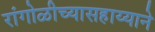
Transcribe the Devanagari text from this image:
रांगोळीच्यासहाय्याने